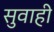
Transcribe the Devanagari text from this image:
सुवाही